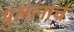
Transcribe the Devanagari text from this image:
मुलांनाच